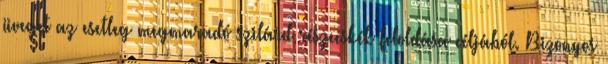
üveget az esetleg megmaradó szilárd részecskék feloldása céljából. Bizonyos